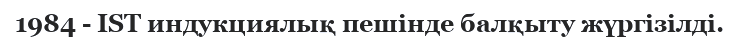
1984 - IST индукциялық пешінде балқыту жүргізілді.